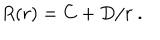
LaTeX: R ( r ) = C + D / r \ .